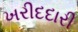
ખરીદદારી